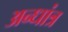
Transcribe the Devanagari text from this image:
अन्धांत्र